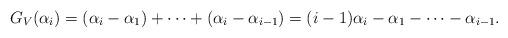
LaTeX: \begin{align*}G_V(\alpha_i) = (\alpha_i-\alpha_1) + \cdots +(\alpha_{i}-\alpha_{i-1}) = (i-1)\alpha_i-\alpha_1 - \cdots-\alpha_{i-1}.\end{align*}